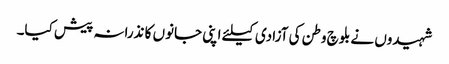
شہیدوں نے بلوچ وطن کی آزادی کیلئے اپنی جانوں کا نذرانہ پیش کیا۔